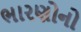
ભારણોનો